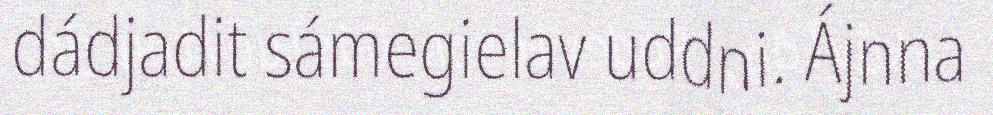
dádjadit sámegielav uddni. Ájnna